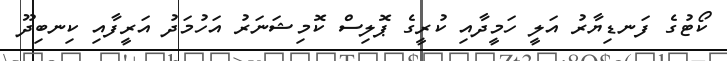
ކޯޓުގެ ފަނޑިޔާރު އަލީ ހަމީދާއި ކުރީގެ ޕޮލިސް ކޮމިޝަނަރު އަހުމަދު އަރީފާއި ކިނބިދޫ